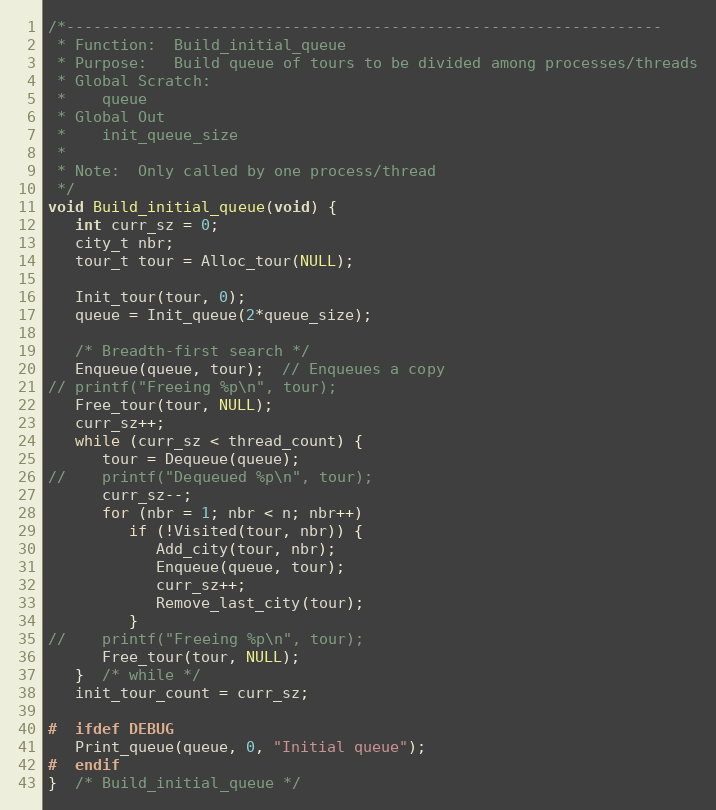
Language: C
/*------------------------------------------------------------------
 * Function:  Build_initial_queue
 * Purpose:   Build queue of tours to be divided among processes/threads
 * Global Scratch:
 *    queue
 * Global Out
 *    init_queue_size
 *
 * Note:  Only called by one process/thread
 */
void Build_initial_queue(void) {
   int curr_sz = 0;
   city_t nbr;
   tour_t tour = Alloc_tour(NULL);

   Init_tour(tour, 0);
   queue = Init_queue(2*queue_size);

   /* Breadth-first search */
   Enqueue(queue, tour);  // Enqueues a copy
// printf("Freeing %p\n", tour);
   Free_tour(tour, NULL);
   curr_sz++;
   while (curr_sz < thread_count) {
      tour = Dequeue(queue);
//    printf("Dequeued %p\n", tour);
      curr_sz--;
      for (nbr = 1; nbr < n; nbr++)
         if (!Visited(tour, nbr)) {
            Add_city(tour, nbr);
            Enqueue(queue, tour);
            curr_sz++;
            Remove_last_city(tour);
         }
//    printf("Freeing %p\n", tour);
      Free_tour(tour, NULL);
   }  /* while */
   init_tour_count = curr_sz;

#  ifdef DEBUG
   Print_queue(queue, 0, "Initial queue");
#  endif
}  /* Build_initial_queue */